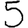
Digit: 5